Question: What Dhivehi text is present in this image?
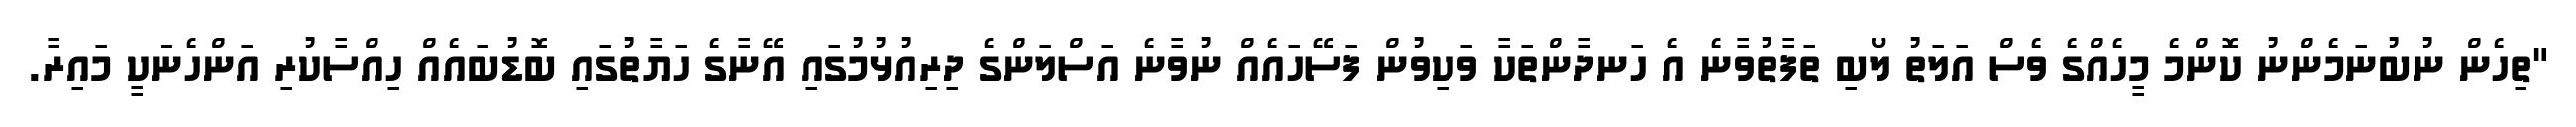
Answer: "ތިހެން ނުބުނަމެންނު ކޮންމެ މީހެއްގެ ވެސް އަލަތު ލޯބި ތަފާތުވާނެ އެ ހަނދާންތަކާ ވަކިވުން ފަސޭހައެއް ނުވާނެ އަސްލަންގެ ދިރިއުޅުމުގައި އޭނާގެ ހަޔާތުގައި ބޮޑުބައެއް ހިއްސާކުރި އަންހެނަކީ މައިރާ.